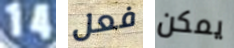
14 فعل يمكن